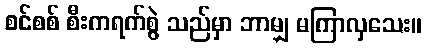
စင်စစ် စီးကရက်စွဲ သည်မှာ ဘာမျှ မကြာလှသေး။